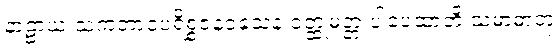
နာဠာယ သကဘာဝပရိစ္စဇနဝသေန ဝတ္ထုမတ္တံ ပါပေထာတိ သမာဓာတုံ